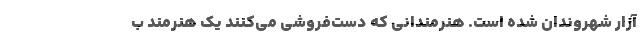
آزار شهروندان شده است. هنرمندانی که دست‌فروشی می‌کنند یک هنرمند ب